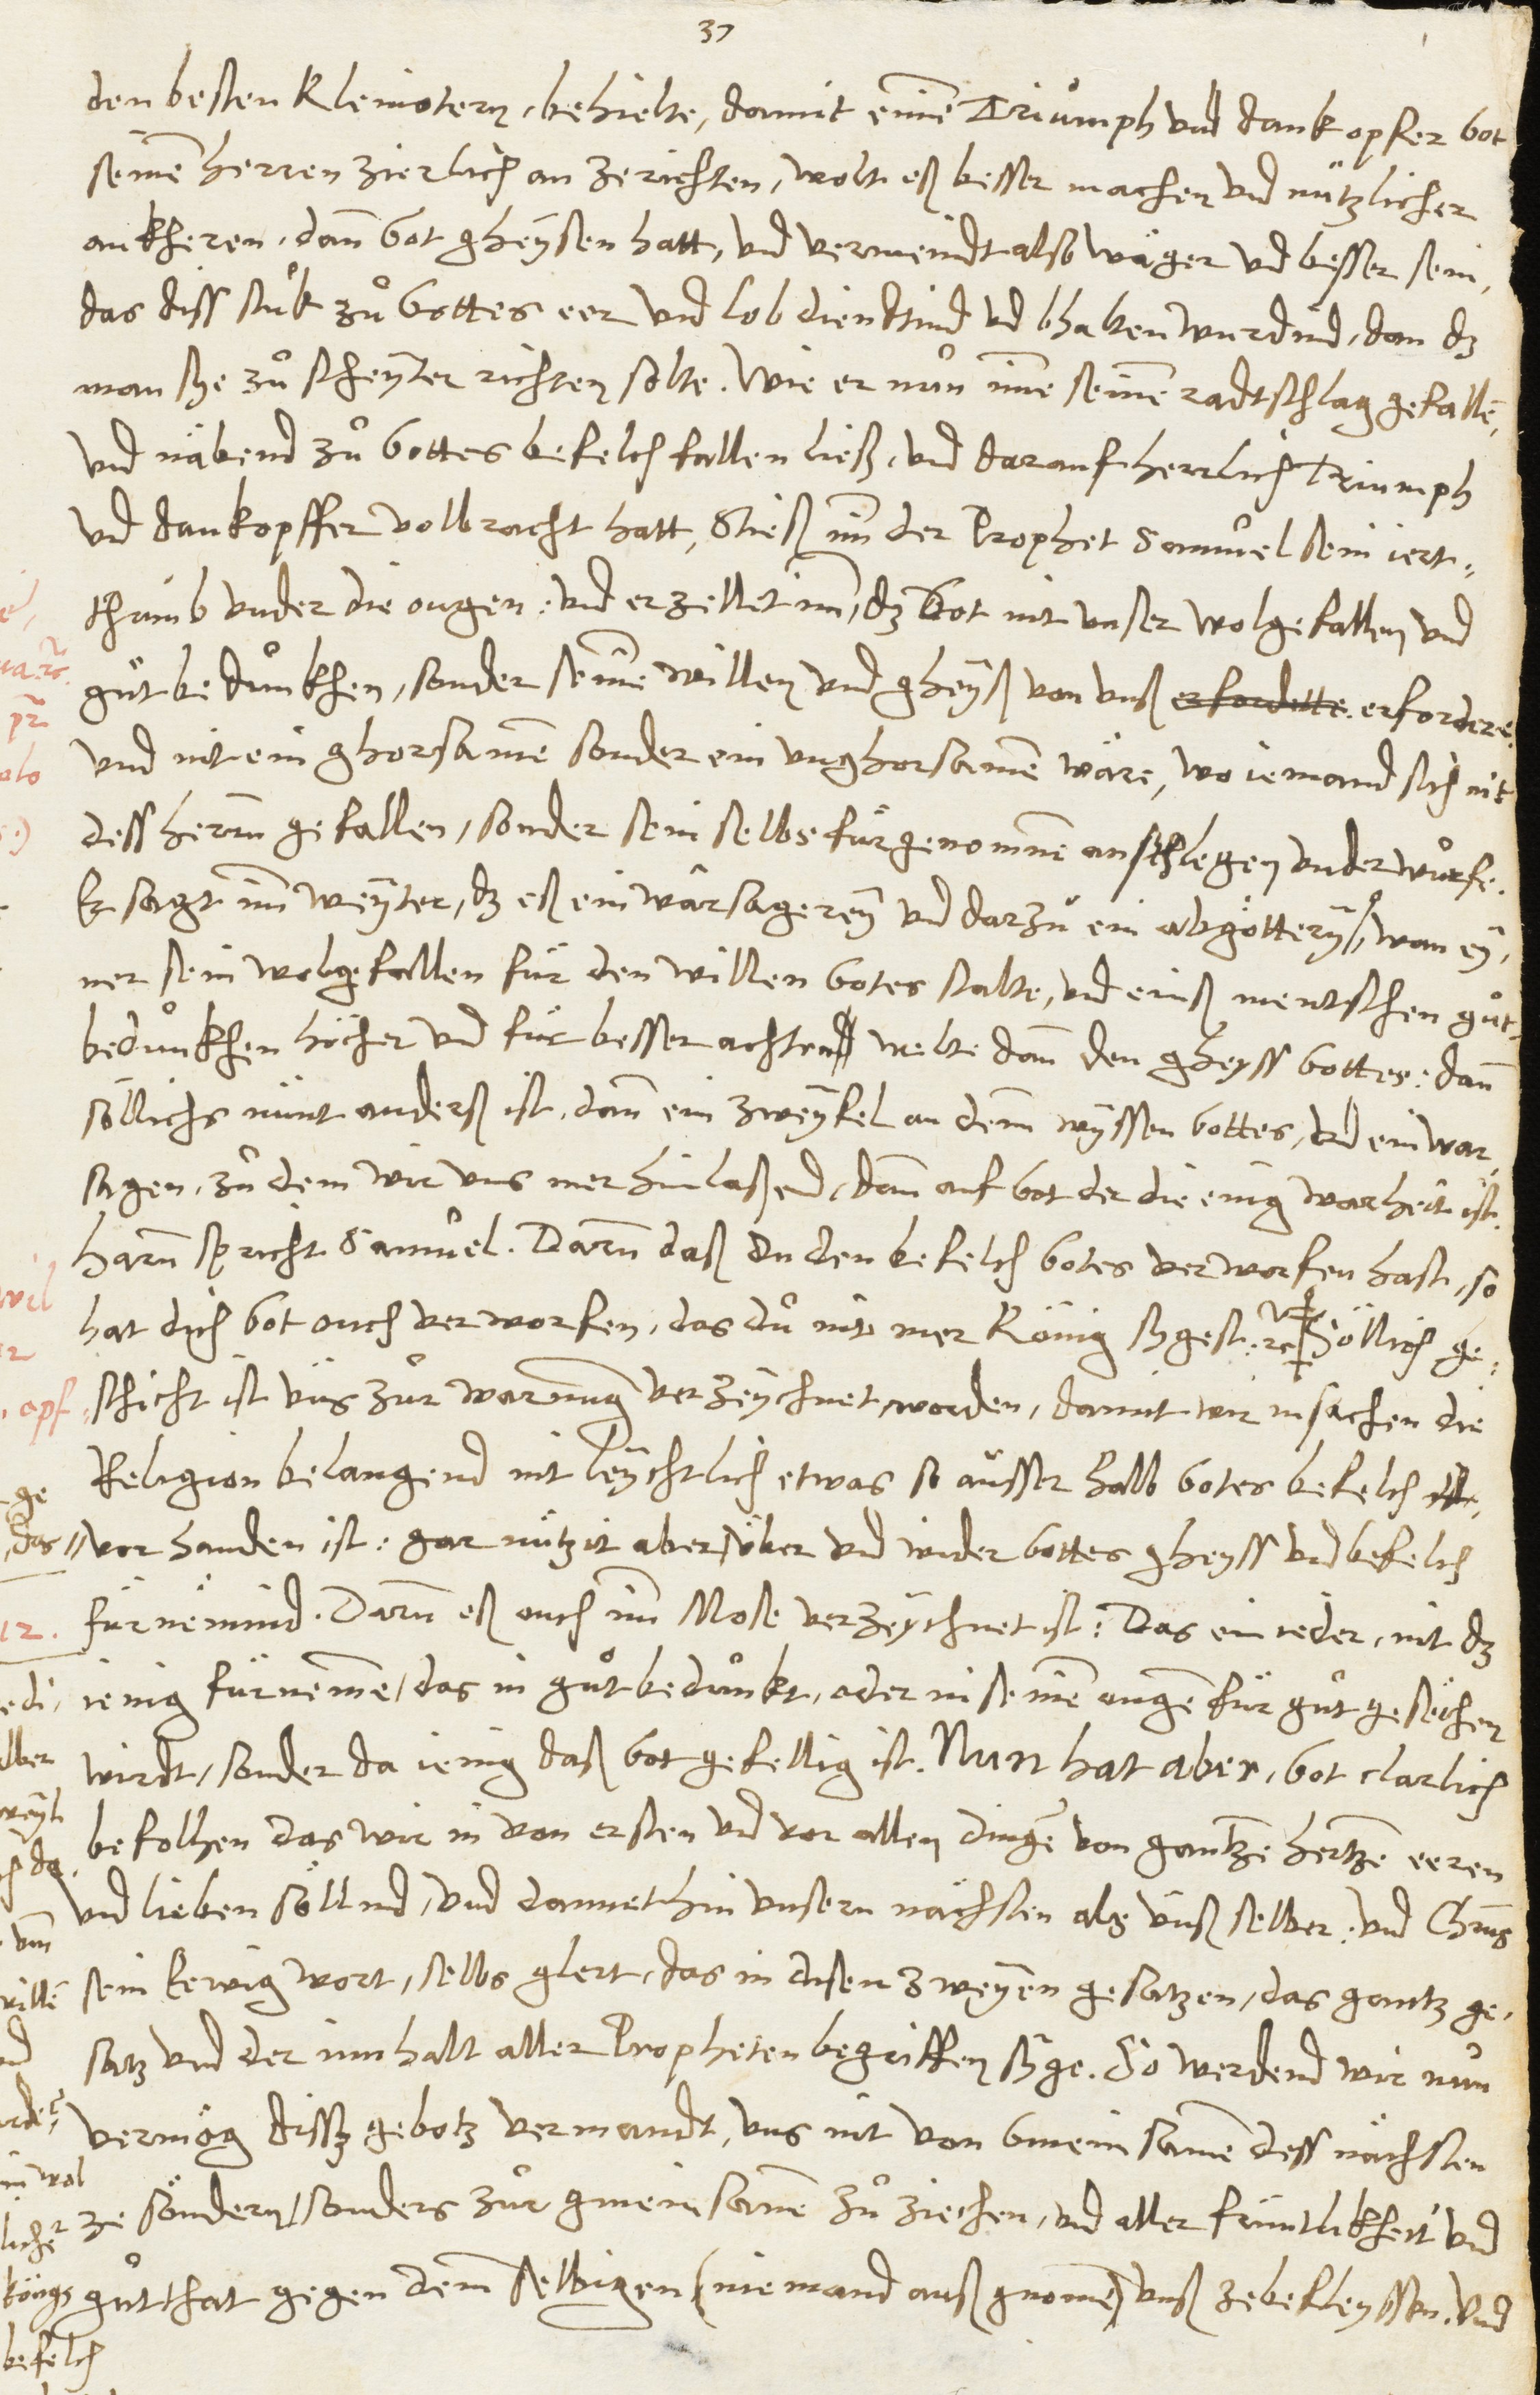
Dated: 1545–1546